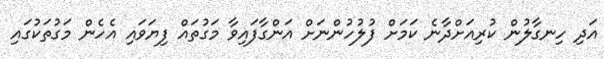
އަދި ހިނގާލުން ކުރިއަށްދާނެ ކަމަށް ފުލުހުންނަށް އަންގާފައިވާ މަގުތައް ފިޔަވައި އެހެން މަގުތަކުގައި